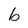
Character: b